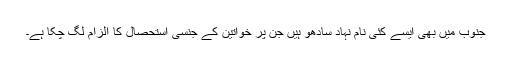
جنوب میں بھی ایسے کئی نام نہاد سادھو ہیں جن پر خواتین کے جنسی استحصال کا الزام لگ چکا ہے۔